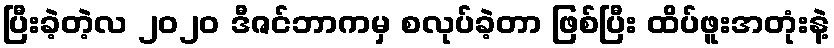
ပြီးခဲ့တဲ့လ ၂၀၂၀ ဒီဇင်ဘာကမှ စလုပ်ခဲ့တာ ဖြစ်ပြီး ထိပ်ဖူးအတုံးနဲ့